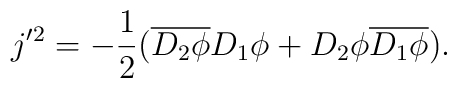
j'^{2}=-\frac{1}{2}(\overline{D_{2}\phi} D_{1}\phi + D_{2}\phi\overline{D_{1}\phi}).